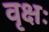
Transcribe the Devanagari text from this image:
वृक्षः